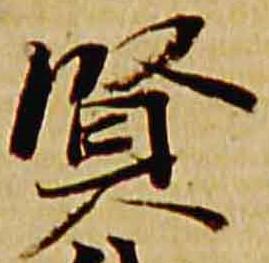
賢